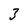
Character: 3